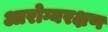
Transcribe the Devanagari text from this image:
आरोग्यरक्षण